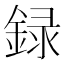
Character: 録